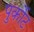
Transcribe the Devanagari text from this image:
पुर्कोट